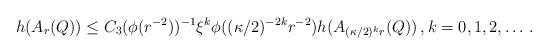
LaTeX: \begin{align*} h(A_r(Q))\le C_3 (\phi(r^{-2}))^{-1} \xi^{k} \phi((\kappa/2)^{-2k}r^{-2}) h(A_{(\kappa/2)^{k} r}(Q))\, ,k=0,1,2,\dots \, .\end{align*}